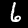
Label: 6